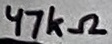
Text: 47kΩ